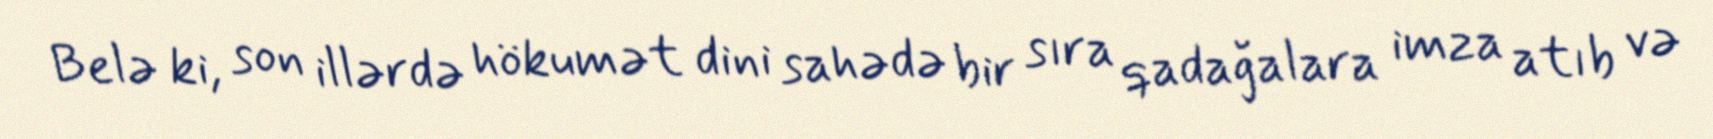
Belə ki, son illərdə hökumət dini sahədə bir sıra qadağalara imza atıb və